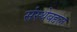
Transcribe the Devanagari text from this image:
संस्थेबद्दल